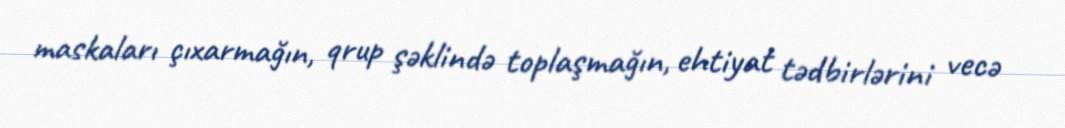
maskaları çıxarmağın, qrup şəklində toplaşmağın, ehtiyat tədbirlərini vecə